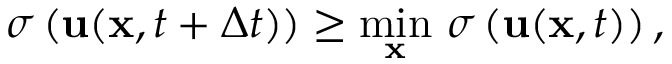
\sigma \left( \mathbf { u } ( \mathbf { x } , t + \Delta t ) \right) \geq \underset { \mathbf { x } } { \operatorname* { m i n } } \ \sigma \left( \mathbf { u } ( \mathbf { x } , t ) \right) ,